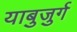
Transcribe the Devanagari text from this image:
याबुजुर्ग